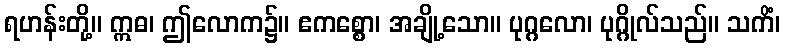
ရဟန်းတို့။ ဣဓ၊ ဤလောက၌။ ဧကစ္စော၊ အချို့သော။ ပုဂ္ဂလော၊ ပုဂ္ဂိုလ်သည်။ သကိံ၊